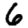
Digit: 6